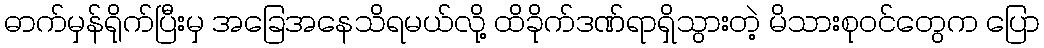
ဓာက်မှန်ရိုက်ပြီးမှ အခြေအနေသိရမယ်လို့ ထိခိုက်ဒဏ်ရာရှိသွားတဲ့ မိသားစုဝင်တွေက ပြော